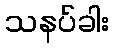
သနပ်ခါး